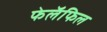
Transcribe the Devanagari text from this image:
फेलॅफिल